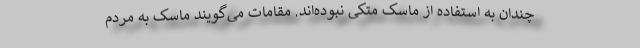
چندان به استفاده از ماسک متکی نبوده‌اند. مقامات می‌گویند ماسک به مردم